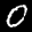
Label: 0